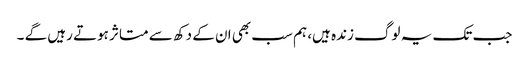
جب تک یہ لوگ زندہ ہیں، ہم سب بھی ان کے دکھ سے متاثر ہوتے رہیں گے ۔